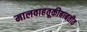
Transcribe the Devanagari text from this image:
मालवाहतूकीबाबतीत